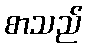
စာသည်